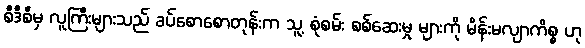
စီဒီစီမှ လူကြီးများသည် ခပ်စောစောတုန်းက သူ့ စုံစမ်း စစ်ဆေးမှု များကို မိန်းမလျာကိစ္စ ဟု